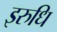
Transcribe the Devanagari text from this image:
इरुधि